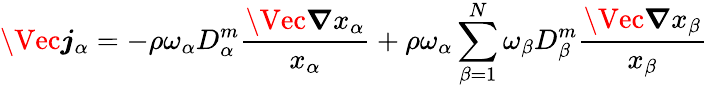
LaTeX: \Vec{\boldsymbol{j}}_{\alpha}=-\rho\omega_{\alpha}D_{\alpha}^{m}\frac{\Vec{\boldsymbol{\nabla}}x_{\alpha}}{x_{\alpha}}+\rho\omega_{\alpha}\sum_{\beta=1}^{N}\omega_{\beta}D_{\beta}^{m}\frac{\Vec{\boldsymbol{\nabla}}x_{\beta}}{x_{\beta}}